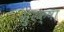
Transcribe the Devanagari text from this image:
सु्रक्षा